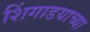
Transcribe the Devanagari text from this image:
शिंगाडयाच्या